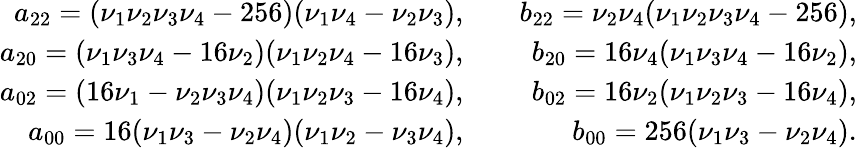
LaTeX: \begin{array}{rlr}{a_{22}=(\nu_{1}\nu_{2}\nu_{3}\nu_{4}-256)(\nu_{1}\nu_{4}-\nu_{2}\nu_{3}),}&{}&{b_{22}=\nu_{2}\nu_{4}(\nu_{1}\nu_{2}\nu_{3}\nu_{4}-256),}\\ {a_{20}=(\nu_{1}\nu_{3}\nu_{4}-16\nu_{2})(\nu_{1}\nu_{2}\nu_{4}-16\nu_{3}),}&{}&{b_{20}=16\nu_{4}(\nu_{1}\nu_{3}\nu_{4}-16\nu_{2}),}\\ {a_{02}=(16\nu_{1}-\nu_{2}\nu_{3}\nu_{4})(\nu_{1}\nu_{2}\nu_{3}-16\nu_{4}),}&{}&{b_{02}=16\nu_{2}(\nu_{1}\nu_{2}\nu_{3}-16\nu_{4}),}\\ {a_{00}=16(\nu_{1}\nu_{3}-\nu_{2}\nu_{4})(\nu_{1}\nu_{2}-\nu_{3}\nu_{4}),}&{}&{b_{00}=256(\nu_{1}\nu_{3}-\nu_{2}\nu_{4}).}\end{array}